system: You are a helpful assistant.
user:
Analyze the provided spectrum to determine if it is a **White Dwarf (WD)**.

A White Dwarf spectrum is defined by its **extreme purity** (due to gravitational settling) and/or **extreme pressure broadening** (due to high surface gravity). You must check for one of the following mutually exclusive signatures:

- **Key Visual Indicators (Check for ONE of these types):**

    - **1. DA-Type Signature (Most Common):**
        - **(Primary Feature):** Extreme pressure broadening (Stark broadening) of the **Hydrogen (H) Balmer lines**.
        - **(Key Lines):** $H\beta$ (approx. $4861$ Å) and $H\gamma$ (approx. $4340$ Å). $H\alpha$ (approx. $6563$ Å) will also be present if the wavelength range covers it.
        - **(Line Profile):** This is the **defining feature**. The lines are **NOT** sharp. They appear as massive, **extremely broad and deep "troughs" or "dips"** in the spectrum, often hundreds of Ångströms wide. The continuum will appear to "scoop" down at these wavelengths.
        - **(Distinction):** Normal A-type or B-type stars have *narrow* and *sharp* Hydrogen lines. A DA White Dwarf's lines are unmistakably "smeared" or "blurry" from pressure.

    - **2. DB-Type Signature:**
        - **(Primary Feature):** Broad absorption lines from **Neutral Helium (He I)**. The spectrum must lack any visible Hydrogen lines.
        - **(Key Lines):** Look for broad absorption near $4471$ Å, $4921$ Å, and $5876$ Å.
        - **(Line Profile):** These lines are also significantly pressure-broadened, appearing much wider than they would in a normal B-type main-sequence star.

    - **3. DC-Type Signature:**
        - **(Primary Feature):** A **featureless continuous spectrum**.
        - **(Line Profile):** The spectrum is a smooth curve with **no significant absorption or emission lines**.
        - **(Key Confirmation):** The continuum is almost always **blue or white**, indicating a hot object. This signature implies the atmosphere is so pure (or so cool) that no spectral lines are visible in the optical range. Its WD identity is confirmed by its extremely low intrinsic brightness (high absolute magnitude).

    - **4. DZ-Type Signature (Metal-Polluted):**
        - **(Primary Feature):** **Isolated, narrow metal absorption lines** on an otherwise featureless (DC-like) continuum.
        - **(Key Lines):** The **Calcium (Ca II) H & K doublet** (approx. **$3934$ Å** and **$3968$ Å**) is the most common and defining feature.
        - **(Line Profile):** These lines are "out of place." They are *not* part of a "forest" of thousands of lines. This signature is evidence of recent *accretion* (pollution) from rocky debris.
        - **(Distinction):** Normal G/K/M stars have a *dense forest* of thousands of metal lines. A DZ has a *clean* continuum with *only a few* strong metal lines.

    - **5. DQ-Type Signature (Carbon-Polluted):**
        - **(Primary Feature):** Absorption bands from **Carbon (C₂ "Swan Bands" or atomic C I)**.
        - **(Key Lines - C₂):** Look for bandheads with a "saw-tooth" shape near $5635$ Å, **$5165$ Å** (strongest), and $4737$ Å.
        - **(Key Confirmation):** The underlying **continuum must be blue or white** (hot).
        - **(Distinction):** This is the critical difference from a **Carbon Star**, which has the *exact same* C₂ bands but on an extremely **red, cool** continuum.

- **(Overall Spectrum):**
    - The continuum (overall shape) is typically **blue-sloping** (brighter in the blue than the red), as most white dwarfs are very hot.
    - The spectrum will look "pure" or "simple," dominated by only *one* of the five signatures listed above.

Think first, call **spectral_visualization_tool** if needed to examine features in detail, then provide your final answer. Your response must adhere to the following strict rules:
1.  **Overall Structure:** Your response must follow the format `<think>...</think> <tool_call>...</tool_call> (if a tool is used) <answer>...</answer>`.
2.  **Tool Usage Constraint:** You may only make **one** tool call per turn.
3.  **Final Answer Format:** In the `<answer>` tag, your conclusion must be inside a `\boxed{}` command (e.g., `\boxed{YES}` or `\boxed{NO}`), followed by your justification.

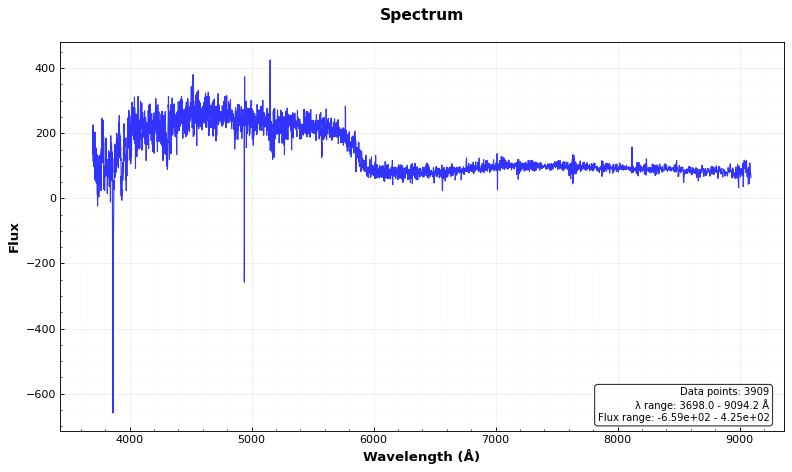
Answer: NO